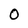
Character: O